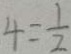
4 = \frac { 1 } { 2 }